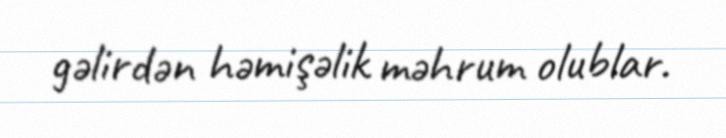
gəlirdən həmişəlik məhrum olublar.